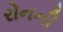
રોનની